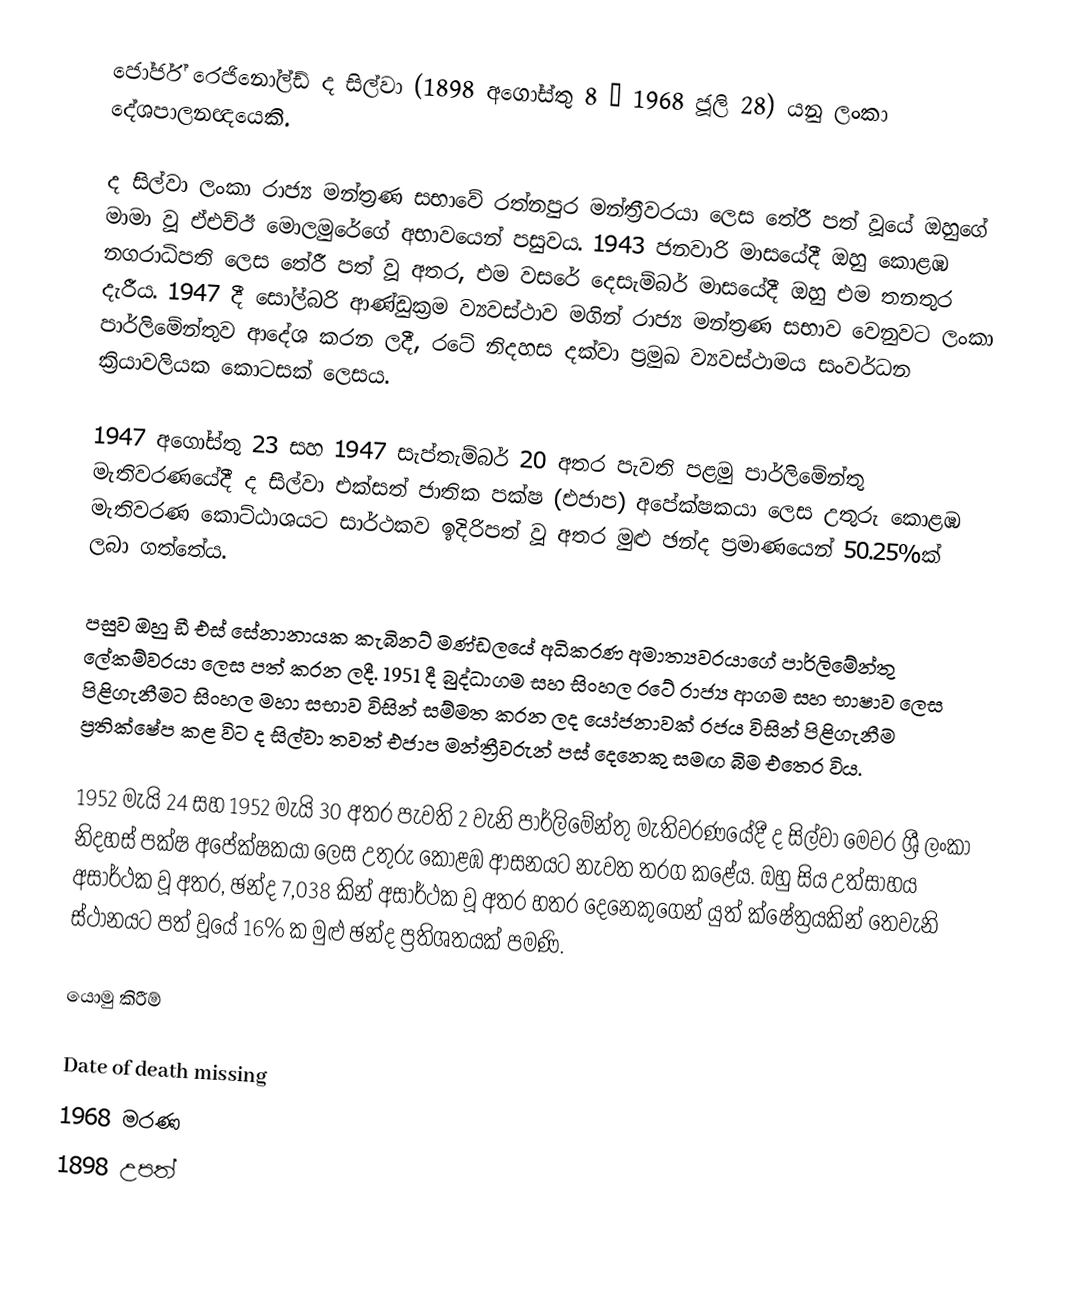
ජෝර්ජ් රෙජිනෝල්ඩ් ද සිල්වා (1898 අගෝස්තු 8 – 1968 ජූලි 28) යනු ලංකා දේශපාලනඥයෙකි.

ද සිල්වා ලංකා රාජ්‍ය මන්ත්‍රණ සභාවේ රත්නපුර මන්ත්‍රීවරයා ලෙස  තේරී පත් වූයේ ඔහුගේ මාමා වූ ඒඑච්ඊ මොලමුරේගේ අභාවයෙන් පසුවය.  1943 ජනවාරි මාසයේදී ඔහු කොළඹ නගරාධිපති ලෙස තේරී පත් වූ අතර, එම වසරේ දෙසැම්බර් මාසයේදී ඔහු එම තනතුර දැරීය.   1947 දී සෝල්බරි ආණ්ඩුක්‍රම ව්‍යවස්ථාව මගින් රාජ්‍ය මන්ත්‍රණ සභාව වෙනුවට ලංකා පාර්ලිමේන්තුව ආදේශ කරන ලදී, රටේ නිදහස දක්වා ප්‍රමුඛ ව්‍යවස්ථාමය සංවර්ධන ක්‍රියාවලියක කොටසක් ලෙසය.

1947 අගෝස්තු 23 සහ 1947 සැප්තැම්බර් 20 අතර පැවති පළමු පාර්ලිමේන්තු මැතිවරණයේදී ද සිල්වා එක්සත් ජාතික පක්ෂ (එජාප) අපේක්ෂකයා ලෙස උතුරු කොළඹ මැතිවරණ කොට්ඨාශයට සාර්ථකව ඉදිරිපත් වූ අතර මුළු ඡන්ද ප්‍රමාණයෙන් 50.25%ක් ලබා ගත්තේය.

පසුව ඔහු ඩී එස් සේනානායක කැබිනට් මණ්ඩලයේ අධිකරණ අමාත්‍යවරයාගේ පාර්ලිමේන්තු ලේකම්වරයා ලෙස පත් කරන ලදී.  1951 දී බුද්ධාගම සහ සිංහල රටේ රාජ්‍ය ආගම සහ භාෂාව ලෙස පිළිගැනීමට සිංහල මහා සභාව විසින් සම්මත කරන ලද යෝජනාවක් රජය විසින් පිළිගැනීම ප්‍රතික්ෂේප කළ විට ද සිල්වා තවත් එජාප මන්ත්‍රීවරුන් පස් දෙනෙකු සමඟ බිම එතෙර විය.

1952 මැයි 24 සහ 1952 මැයි 30 අතර පැවති 2 වැනි පාර්ලිමේන්තු මැතිවරණයේදී ද සිල්වා මෙවර ශ්‍රී ලංකා නිදහස් පක්ෂ අපේක්ෂකයා ලෙස උතුරු කොළඹ ආසනයට නැවත තරග කළේය.  ඔහු සිය උත්සාහය අසාර්ථක වූ අතර, ඡන්ද 7,038 කින් අසාර්ථක වූ අතර හතර දෙනෙකුගෙන් යුත් ක්ෂේත්‍රයකින් තෙවැනි ස්ථානයට පත් වූයේ 16% ක මුළු ඡන්ද ප්‍රතිශතයක් පමණි.

යොමු කිරීම්

Date of death missing
1968 මරණ
1898 උපත්